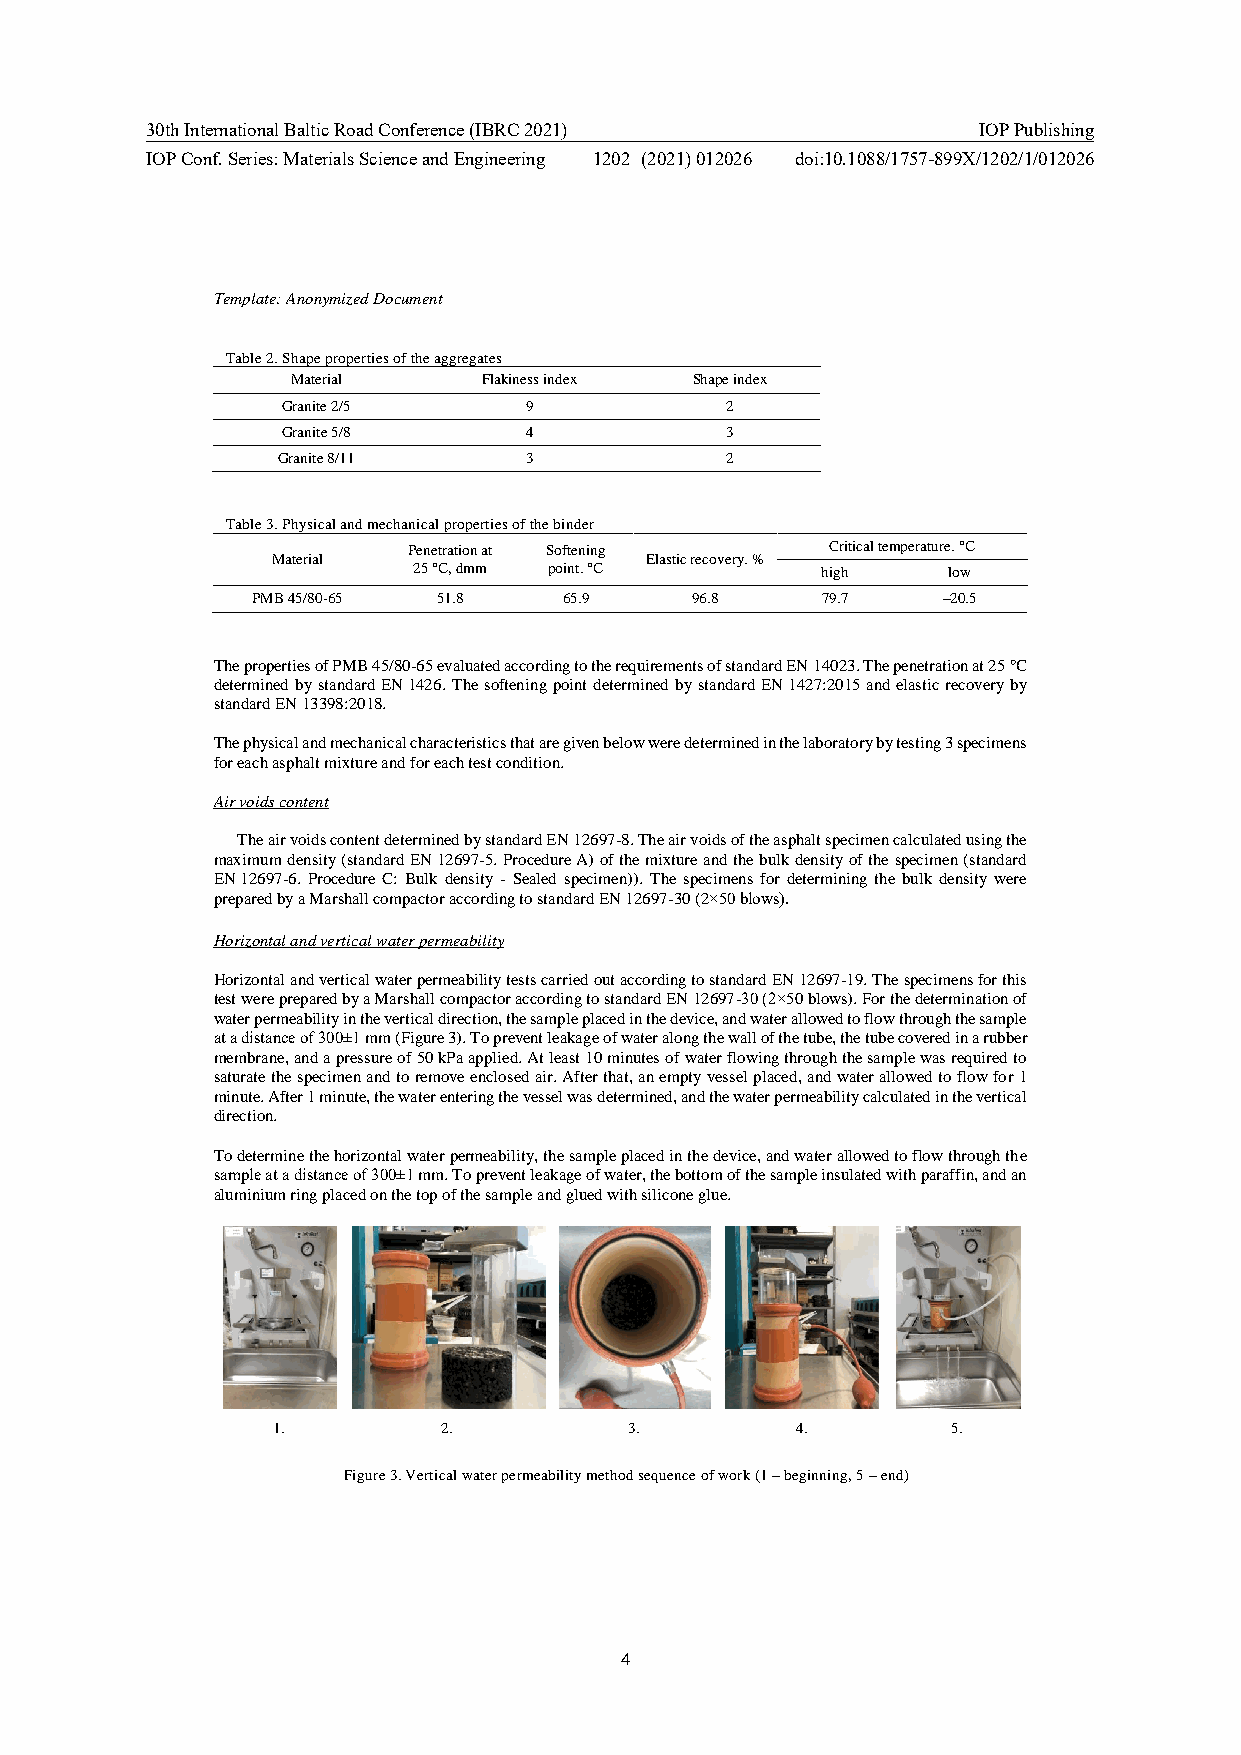
30th International Baltic Road Conference (IBRC 2021)  IOP Publishing
 IOP Conf. Series: Materials Science and Engineering 1202 (2021) 012026 doi:10.1088/1757-899X/1202/1/012026
 Template: Anonymized Document
 Table 2. Shape properties of the aggregates
 Material     Flakiness index Shape index
 Granite 2/5     9            2
 Granite 5/8     4            3
 Granite 8/11     3            2
 Table 3. Physical and mechanical properties of the binder
 Penetration at Softening    Critical temperature. °C
 Material                 Elastic recovery. %
 25 °C, dmm point. °C       high     low
 PMB 45/80-65 51.8   65.9     96.8    79.7    –20.5
 The properties of PMB 45/80-65 evaluated according to the requirements of standard EN 14023. The penetration at 25 °C
 determined by standard EN 1426. The softening point determined by standard EN 1427:2015 and elastic recovery by
 standard EN 13398:2018.
 The physical and mechanical characteristics that are given below were determined in the laboratory by testing 3 specimens
 for each asphalt mixture and for each test condition.
 Air voids content
 The air voids content determined by standard EN 12697-8. The air voids of the asphalt specimen calculated using the
 maximum density (standard EN 12697-5. Procedure A) of the mixture and the bulk density of the specimen (standard
 EN 12697-6. Procedure C: Bulk density - Sealed specimen)). The specimens for determining the bulk density were
 prepared by a Marshall compactor according to standard EN 12697-30 (2×50 blows).
 Horizontal and vertical water permeability
 Horizontal and vertical water permeability tests carried out according to standard EN 12697-19. The specimens for this
 test were prepared by a Marshall compactor according to standard EN 12697-30 (2×50 blows). For the determination of
 water permeability in the vertical direction, the sample placed in the device, and water allowed to flow through the sample
 at a distance of 300±1 mm (Figure 3). To prevent leakage of water along the wall of the tube, the tube covered in a rubber
 membrane, and a pressure of 50 kPa applied. At least 10 minutes of water flowing through the sample was required to
 saturate the specimen and to remove enclosed air. After that, an empty vessel placed, and water allowed to flow for 1
 minute. After 1 minute, the water entering the vessel was determined, and the water permeability calculated in the vertical
 direction.
 To determine the horizontal water permeability, the sample placed in the device, and water allowed to flow through the
 sample at a distance of 300±1 mm. To prevent leakage of water, the bottom of the sample insulated with paraffin, and an
 aluminium ring placed on the top of the sample and glued with silicone glue.
 1.         2.           3.         4.        5.
 Figure 3. Vertical water permeability method sequence of work (1 – beginning, 5 – end)
 4